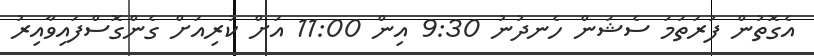
އެގޮތުން ފުރަތަމަ ސެޝަން ހެނދުނު 9:30 އިން 11:00 އަށް ކުރިއަށް ގެންގޮސްފައިވާއިރު